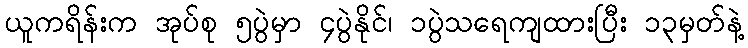
ယူကရိန်းက အုပ်စု ၅ပွဲမှာ ၄ပွဲနိုင်၊ ၁ပွဲသရေကျထားပြီး ၁၃မှတ်နဲ့